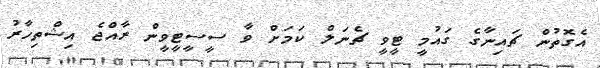
އެގޮތުން ޗައިނާގެ ގައުމީ ޓީވީ ޗެނަލް ކަމަށް ވާ ސީސީޓީވީން ރާއްޖެ އިޝްތިހާރު